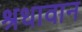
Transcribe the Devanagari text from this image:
श्रधावान